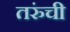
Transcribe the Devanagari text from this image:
तरुंची